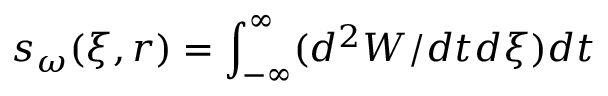
s _ { \omega } ( \xi , r ) = \int _ { - \infty } ^ { \infty } ( d ^ { 2 } W / d t d \xi ) d t